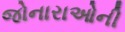
જોનારાઓની